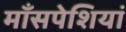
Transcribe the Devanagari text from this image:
माँसपेशियां